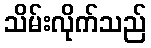
သိမ်းလိုက်သည်